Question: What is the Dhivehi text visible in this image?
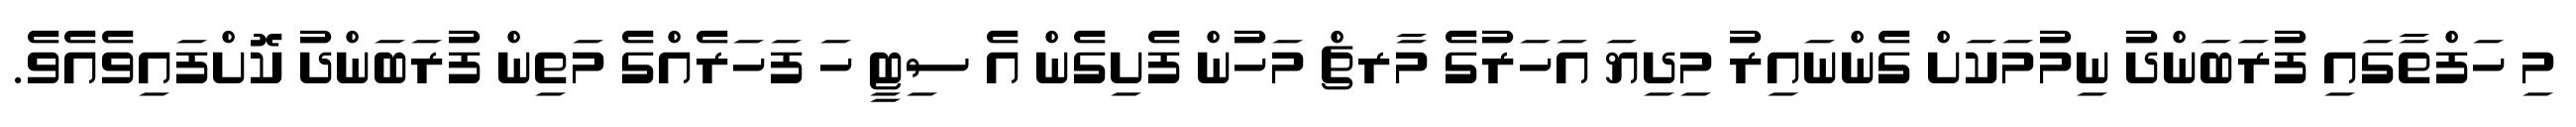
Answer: މި ހަފްތާގައި ފުރަބަންދު ނިމުމަކަށް ގެންނައިރު މިދިޔަ އަހަރުގެ މާރޗް މަހުން ފެށިގެން އެ ސިޓީ ހަ ފަހަރެއްގެ މަތިން ފުރަބަންދު ކޮށްފައިވެއެވެ.